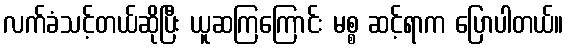
လက်ခံသင့်တယ်ဆိုပြီး ယူဆကြကြောင်း မစ္စ ဆင့်ရာက ပြောပါတယ်။